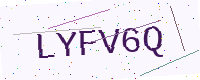
Text: LYFV6Q